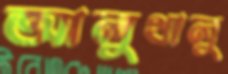
আলুথালু